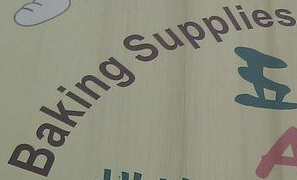
Baking supplies